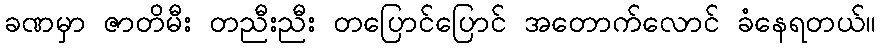
ခဏမှာ ဇာတိမီး တညီးညီး တပြောင်ပြောင် အတောက်လောင် ခံနေရတယ်။